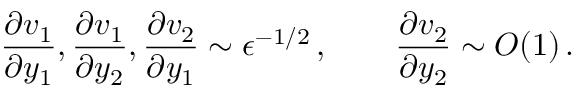
\frac { \partial v _ { 1 } } { \partial y _ { 1 } } , \frac { \partial v _ { 1 } } { \partial y _ { 2 } } , \frac { \partial v _ { 2 } } { \partial y _ { 1 } } \sim \epsilon ^ { - 1 / 2 } \, , \qquad \frac { \partial v _ { 2 } } { \partial y _ { 2 } } \sim O ( 1 ) \, .